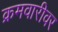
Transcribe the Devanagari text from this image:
क्रमवारीवर